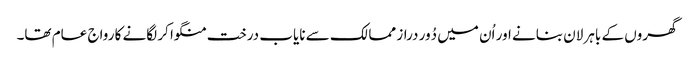
گھروں کے باہر لان بنانے اور اُن میں دُور دراز ممالک سے نایاب درخت منگوا کر لگانے کا رواج عام تھا۔